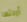
أردتها